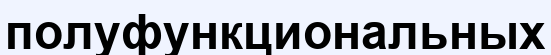
полуфункциональных